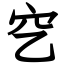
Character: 穵